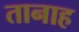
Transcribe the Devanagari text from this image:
तानाह